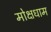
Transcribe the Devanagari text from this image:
मोक्षधाम